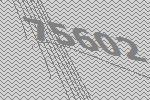
75602